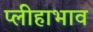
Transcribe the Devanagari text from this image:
प्लीहाभाव